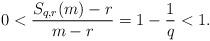
LaTeX: \begin{align*}0 < \frac{S_{q,r}(m)-r}{m-r} = 1 - \frac{1}{q} < 1. \end{align*}